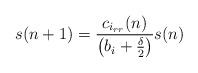
LaTeX: \begin{align*}s(n+1)=\frac{c_{i_{rr}}(n)}{\big(b_{i}+\frac{\delta}{2}\big)}s(n)\end{align*}